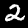
Digit: 2